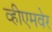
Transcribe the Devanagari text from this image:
व्हीएमवेर